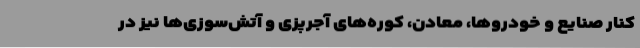
کنار صنایع و خودروها، معادن، کوره‌های آجرپزی و آتش‌سوزی‌ها نیز در